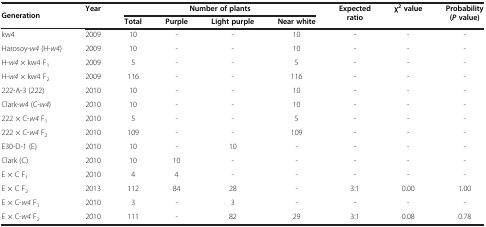
<table><thead><tr><td rowspan="2"><b>Generation</b></td><td rowspan="2"><b>Year</b></td><td colspan="4"><b>Number of plants</b></td><td rowspan="2"><b>Expected ratio</b></td><td rowspan="2"><b>χ<sup>2 </sup>value</b></td><td rowspan="2"><b>Probability (<i>P </i>value)</b></td></tr><tr><td><b>Total</b></td><td><b>Purple</b></td><td><b>Light purple</b></td><td><b>Near white</b></td></tr></thead><tbody><tr><td>kw4</td><td>2009</td><td>10</td><td>-</td><td>-</td><td>10</td><td>-</td><td>-</td><td>-</td></tr><tr><td>Harosoy-<i>w4</i> (H-<i>w4</i>)</td><td>2009</td><td>10</td><td>-</td><td>-</td><td>10</td><td>-</td><td>-</td><td>-</td></tr><tr><td>H-<i>w4</i> × kw4 F<sub>1</sub></td><td>2009</td><td>5</td><td>-</td><td>-</td><td>5</td><td>-</td><td>-</td><td>-</td></tr><tr><td>H-<i>w4</i> × kw4 F<sub>2</sub></td><td>2009</td><td>116</td><td>-</td><td>-</td><td>116</td><td>-</td><td>-</td><td>-</td></tr><tr><td>222-A-3 (222)</td><td>2010</td><td>10</td><td>-</td><td>-</td><td>10</td><td>-</td><td>-</td><td>-</td></tr><tr><td>Clark-<i>w4</i> (C-<i>w4</i>)</td><td>2010</td><td>10</td><td>-</td><td>-</td><td>10</td><td>-</td><td>-</td><td>-</td></tr><tr><td>222 × C-<i>w4</i> F<sub>1</sub></td><td>2010</td><td>5</td><td>-</td><td>-</td><td>5</td><td>-</td><td>-</td><td>-</td></tr><tr><td>222 × C-<i>w4</i> F<sub>2</sub></td><td>2010</td><td>109</td><td>-</td><td>-</td><td>109</td><td>-</td><td>-</td><td>-</td></tr><tr><td>E30-D-1 (E)</td><td>2010</td><td>10</td><td>-</td><td>10</td><td>-</td><td>-</td><td>-</td><td>-</td></tr><tr><td>Clark (C)</td><td>2010</td><td>10</td><td>10</td><td>-</td><td>-</td><td>-</td><td>-</td><td>-</td></tr><tr><td>E × C F<sub>1</sub></td><td>2010</td><td>4</td><td>4</td><td>-</td><td>-</td><td>-</td><td>-</td><td>-</td></tr><tr><td>E × C F<sub>2</sub></td><td>2013</td><td>112</td><td>84</td><td>28</td><td>-</td><td>3:1</td><td>0.00</td><td>1.00</td></tr><tr><td>E × C-<i>w4</i> F<sub>1</sub></td><td>2010</td><td>3</td><td>-</td><td>3</td><td>-</td><td>-</td><td>-</td><td>-</td></tr><tr><td>E × C-<i>w4</i> F<sub>2</sub></td><td>2010</td><td>111</td><td>-</td><td>82</td><td>29</td><td>3:1</td><td>0.08</td><td>0.78</td></tr></tbody></table>